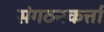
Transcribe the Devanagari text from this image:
संगठनकर्त्ता